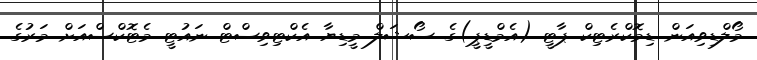
މޯލްޑިވިއަން ޑިމޮކްރެޓިކް ޕާޓީ (އެމްޑީޕީ)ގެ ސޯޝަލް މީޑިޔާ އެކްޓިވިސްޓް ނައުޓީ މެޓޮކްސްއަށް މަރުގެ